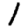
Digit: 1